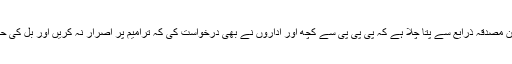
ب اس دوران مصدقہ ذرایع سے پتا چلا ہے کہ پی پی پی سے کچھ اور اداروں نے بھی درخواست کی کہ ترامیم پر اصرار نہ کریں اور بل کی حمایت کریں۔